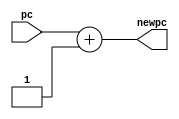
module  adder (pc, newpc);

 
input [31:0] pc;

output [31:0] newpc;


wire [31:0] pc;





 assign newpc=pc+1 ;

 
endmodule